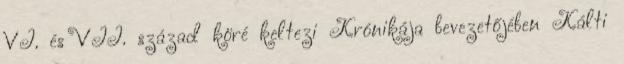
VI. és VII. század köré keltezi Krónikája bevezetőjében Kálti